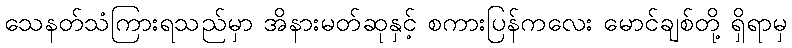
သေနတ်သံကြားရသည်မှာ အိနားမတ်ဆုနှင့် စကားပြန်ကလေး မောင်ချစ်တို့ ရှိရာမှ